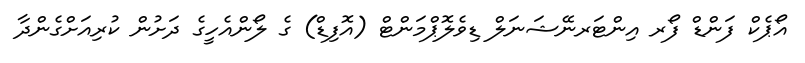
އޯޕެކް ފަންޑް ފޯރ އިންޓަރނޭޝަނަލް ޑިވެލޮޕްމަންޓް (އޮފިޑް) ގެ ލޯންއެހީގެ ދަށުން ކުރިއަށްގެންދާ